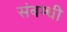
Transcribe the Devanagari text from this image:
संबम्धी